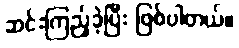
ဆင်းကြည့်ခဲ့ပြီး ဖြစ်ပါတယ်။